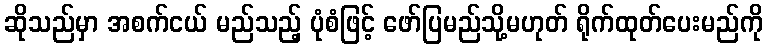
ဆိုသည်မှာ အစက်ငယ် မည်သည့် ပုံစံဖြင့် ဖော်ပြမည်သို့မဟုတ် ရိုက်ထုတ်ပေးမည်ကို